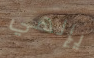
يإلهي